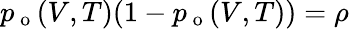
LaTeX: p_{\mathrm{~o~}}(V,T)(1-p_{\mathrm{~o~}}(V,T))=\rho